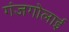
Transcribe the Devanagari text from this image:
गंजगोलाई